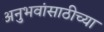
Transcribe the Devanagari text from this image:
अनुभवांसाठीच्या